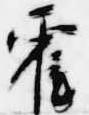
霍